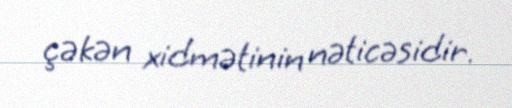
çəkən xidmətinin nəticəsidir.